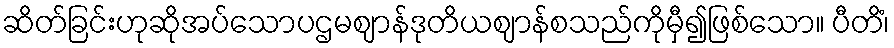
ဆိတ်ခြင်းဟုဆိုအပ်သောပဌမဈာန်ဒုတိယဈာန်စသည်ကိုမှီ၍ဖြစ်သော။ ပီတိံ၊